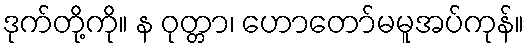
ဒုက်တို့ကို။ န ဝုတ္တာ၊ ဟောတော်မမူအပ်ကုန်။